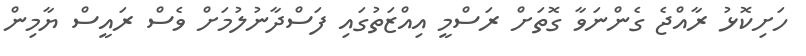
ހަށިކޮޅު ރާއްޖެ ގެންނަވާ ގޮތަށް ރަސްމީ އިއްޒަތުގައި ފަސްދާނުލުމަށް ވެސް ރައީސް ޔާމިން